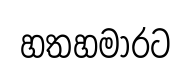
හතහමාරට